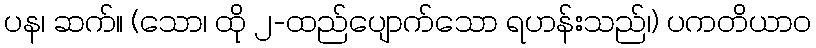
ပန၊ ဆက်။ (သော၊ ထို ၂-ထည်ပျောက်သော ရဟန်းသည်၊) ပကတိယာဝ